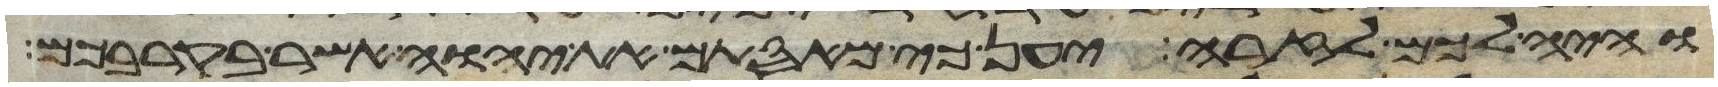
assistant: והיה לכם לזרה יען כי מאסתם את יהוה אשר בקרבכם